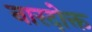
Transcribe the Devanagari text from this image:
नारदोक्त